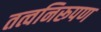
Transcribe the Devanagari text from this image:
तत्वनिरूपण